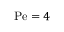
\mathrm { P e } = 4